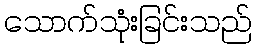
သောက်သုံးခြင်းသည်